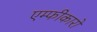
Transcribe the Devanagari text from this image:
एम्फीकारों